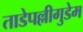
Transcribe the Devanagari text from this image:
ताडेपल्लीगुडेम